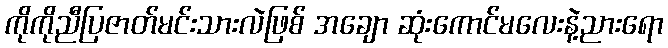
ကိုကိုညီပြဇာတ်မင်းသားလဲဖြစ် အချော ဆုံးကောင်မလေးနဲ့ညားရော